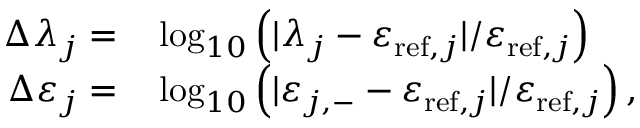
\begin{array} { r l } { \Delta \lambda _ { j } = } & { { } \log _ { 1 0 } \left( | \lambda _ { j } - \varepsilon _ { \mathrm { r e f } , j } | / \varepsilon _ { \mathrm { r e f } , j } \right) } \\ { \Delta \varepsilon _ { j } = } & { { } \log _ { 1 0 } \left( | \varepsilon _ { j , - } - \varepsilon _ { \mathrm { r e f } , j } | / \varepsilon _ { \mathrm { r e f } , j } \right) , } \end{array}